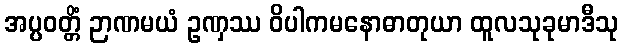
အပ္ပဝတ္တိံ ဉာဏမယံ ဥဏှဿ ဝိပါကမနောဓာတုယာ ထူလသုခုမာဒီသု